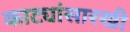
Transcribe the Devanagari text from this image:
काट्यांसारखी